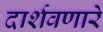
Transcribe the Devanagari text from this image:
दार्शवणारे